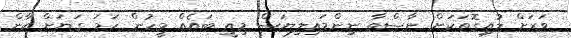
ވަރަށް ލުއިގޮތަކަށް ނާސްތާ ނިންމައިލިޔަސް މިއީ ބައެއް މީހުން ހަމަ ގަޔަށް ކާން